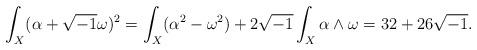
LaTeX: \begin{align*}\int_{X}(\alpha+\sqrt{-1}\omega)^{2}= \int_{X}(\alpha^{2}-\omega^{2})+2\sqrt{-1}\int_{X}\alpha\wedge\omega= 32+26\sqrt{-1}.\end{align*}